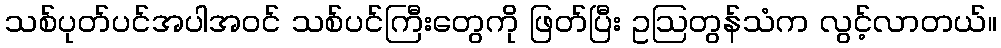
သစ်ပုတ်ပင်အပါအဝင် သစ်ပင်ကြီးတွေကို ဖြတ်ပြီး ဥဩတွန်သံက လွင့်လာတယ်။